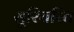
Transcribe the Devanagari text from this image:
सूरिचरित